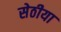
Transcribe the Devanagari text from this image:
सेठीया